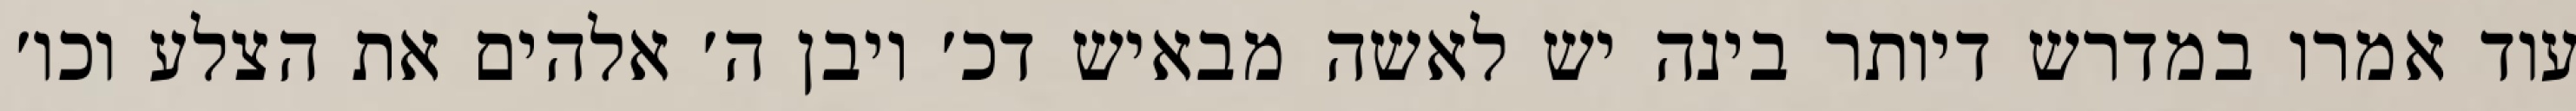
עוד אמרו במדרש דיותר בינה יש לאשה מבאיש דכ׳ ויבן ה׳ אלהים את הצלע וכו׳